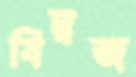
বিদ্বজ